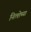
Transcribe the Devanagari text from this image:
नित्शेच्या